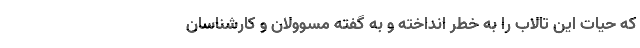
که حیات این تالاب را به خطر انداخته و به گفته مسوولان و کارشناسان